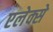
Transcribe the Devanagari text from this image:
एलेक्से